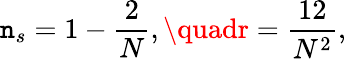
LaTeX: \mathtt{n}_{s}=1-{\frac{{2}}{{N}}},\quadr={\frac{{12}}{{N^{2}}}},